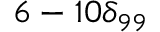
6 - 1 0 \delta _ { 9 9 }